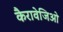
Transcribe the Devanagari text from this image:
कैरावेजिओ